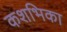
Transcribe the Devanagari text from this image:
कशभिका